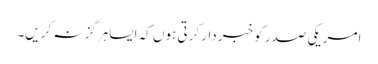
امریکی صدر کو خبر دار کرتی ہوں کہ ایسا ہرگز نہ کریں۔